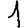
Digit: 1